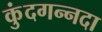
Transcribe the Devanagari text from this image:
कुंदगन्नदा